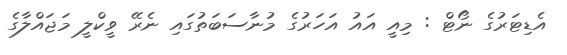
އެޑިޓަރުގެ ނޯޓް : މިއީ އައު އަހަރުގެ މުނާސަބަތުގައި ނެރޭ ވީކްލީ މަޖައްލާގެ